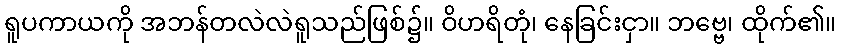
ရူပကာယကို အဘန်တလဲလဲရူသည်ဖြစ်၌။ ဝိဟရိတုံ၊ နေခြင်းငှာ။ ဘဗ္ဗေ၊ ထိုက်၏။